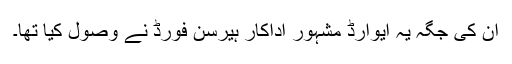
اُن کی جگہ یہ ایوارڈ مشہور اداکار ہیرسن فورڈ نے وصول کیا تھا۔